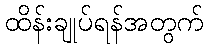
ထိန်းချုပ်ရန်အတွက်